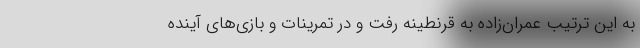
به این ترتیب عمران‌زاده به قرنطینه رفت و در تمرینات و بازی‌های آینده